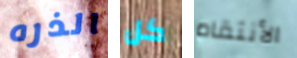
الذره كل الأنتقام